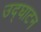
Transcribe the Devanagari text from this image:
उद्‌घाटन